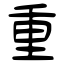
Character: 重